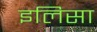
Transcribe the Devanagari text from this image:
इलिसा